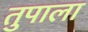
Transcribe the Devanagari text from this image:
तुपाला